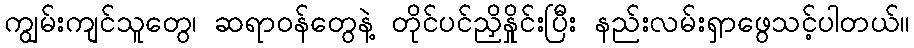
ကျွမ်းကျင်သူတွေ၊ ဆရာဝန်တွေနဲ့ တိုင်ပင်ညှိနှိုင်းပြီး နည်းလမ်းရှာဖွေသင့်ပါတယ်။